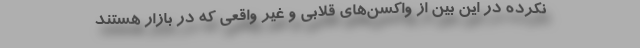
نکرده در این بین از واکسن‌های قلابی و غیر واقعی که در بازار هستند